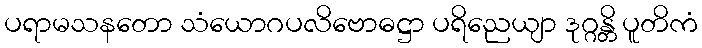
ပရာမသနတော သံယောဂပလိဗောဓဋ္ဌာ ပရိညေယျာ ဒုဂ္ဂန္တိ ပူတိကံ